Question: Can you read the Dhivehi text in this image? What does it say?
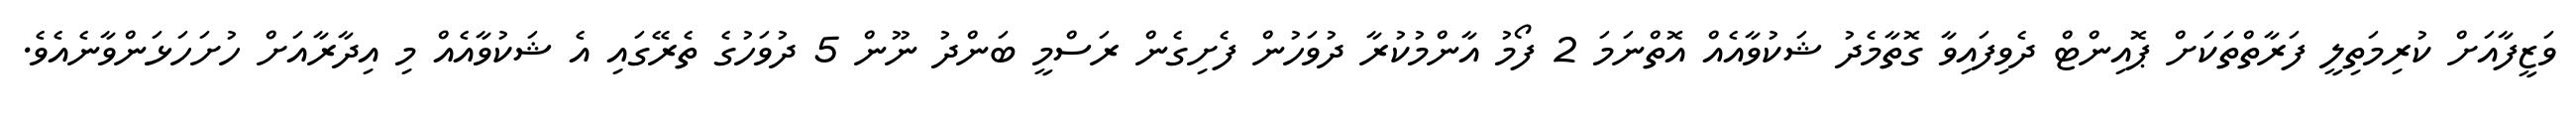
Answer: ވަޒީފާއަށް ކުރިމަތިލީ ފަރާތްތަކަށް ޕޮއިންޓް ދެވިފައިވާ ގޮތާމެދު ޝަކުވާއެއް އޮތްނަމަ 2 ފޯމު އާންމުކުރާ ދުވަހުން ފެށިގެން ރަސްމީ ބަންދު ނޫން 5 ދުވަހުގެ ތެރޭގައި އެ ޝަކުވާއެއް މި އިދާރާއަށް ހުށަހަޅަންވާނެއެވެ.